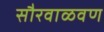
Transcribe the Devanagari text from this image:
सौरवाळवण